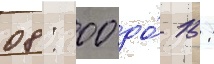
08: 00 до́ 15: